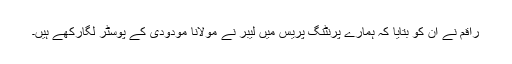
راقم نے ان کو بتایا کہ ہمارے پرنٹنگ پریس میں لیبر نے مولانا مودودی کے پوسٹر لگارکھے ہیں۔